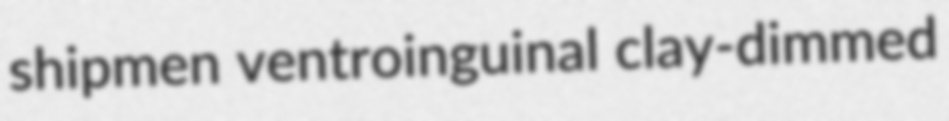
shipmen ventroinguinal clay-dimmed